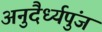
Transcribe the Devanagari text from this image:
अनुदैर्ध्यपुंज